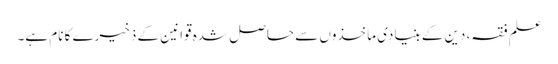
علم فقہ، دین کے بنیادی ماخذوں سے حاصل شدہ قوانین کے ذخیرے کا نام ہے۔